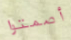
أصمتوا